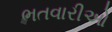
ભતવારીઓ